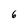
Character: 6